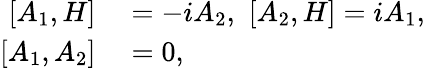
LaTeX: \begin{array}{rl}{[A_{1},H]}&{{}=-iA_{2},\thinspace\thinspace[A_{2},H]=iA_{1},}\\ {{}[A_{1},A_{2}]}&{{}=0,}\end{array}